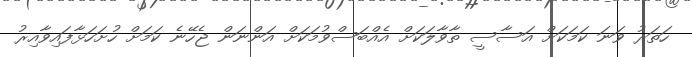
ހަތަރު ވަނަ ކަމަކަށް އަސާސީ ތާވާލަކަށް އެއްބަސްވުމަކަށް އަންނަން ޖެހޭނެ ކަމަށް ހުށަހަޅާފައިވާއިރު